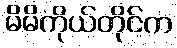
မိမိကိုယ်တိုင်က